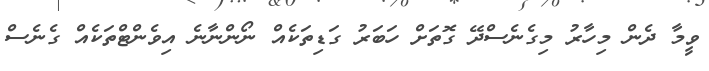
ވީމާ ދެން މިހާރު މިގެނެސްދޭ ގޮތަށް ހަބަރު ގަޑިތަކެއް ނޯންނާނެ އިވެންޓްތަކެއް ގެނެސް